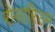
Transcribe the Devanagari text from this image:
रोसारिउम